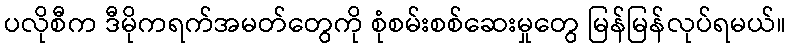
ပလိုစီက ဒီမိုကရက်အမတ်တွေကို စုံစမ်းစစ်ဆေးမှုတွေ မြန်မြန်လုပ်ရမယ်။